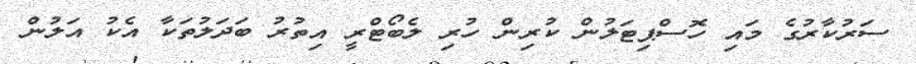
ސަރުކާރުގެ މައި ހޮސްޕިޓަލުން ކުރިން ހުރި ލެބޯޓްރީ އިތުރު ބަދަލުތަކާ އެކު އަލުން